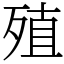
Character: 殖